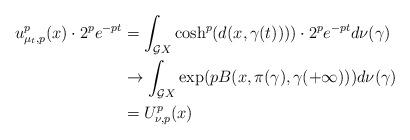
LaTeX: \begin{align*}u^p_{\mu_t, p}(x) \cdot 2^p e^{-pt} & = \int_{\mathcal{G} X} \cosh^p(d(x, \gamma(t)))) \cdot 2^p e^{-pt} d\nu(\gamma) \\ & \to \int_{\mathcal{G} X} \exp(pB(x, \pi(\gamma), \gamma(+\infty))) d\nu(\gamma) \\ & = U^p_{\nu, p}(x) \\\end{align*}